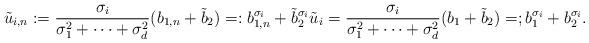
LaTeX: \begin{align*}\tilde u_{i,n}: =\frac{\sigma_i}{\sigma_1^2+\cdots + \sigma_d^2 }(b_{1,n} + \tilde b_2) =: b_{1,n}^{\sigma_i} + \tilde b_2^{\sigma_i} \tilde u_{i}=\frac{\sigma_i}{\sigma_1^2+\cdots + \sigma_d^2 }(b_{1} + \tilde b_2) =; b_1^{\sigma_i} + b_2^{\sigma_i}.\end{align*}